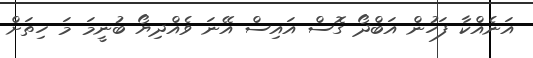
އަނެއްކާ ފަހުން އަބްދޯ ގޮސް އައިސް އޭނަ ވެއްދިޔޯ ބުނީމަ މަ ހިތަށް